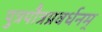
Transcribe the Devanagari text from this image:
पुत्रपौत्रप्रवर्धनम्